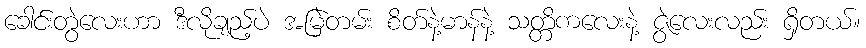
ခေါင်းတွဲလေးဟာ ဒီလိုချည့်ပဲ အမြဲတမ်း စိတ်နဲ့မာန်နဲ့ သတ္တိကလေးနဲ့ ဇွဲလေးလည်း ရှိတယ်။